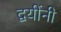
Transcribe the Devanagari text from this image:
द्वयींनी